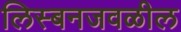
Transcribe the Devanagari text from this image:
लिस्बनजवळील